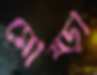
মোষ্‌ড়া